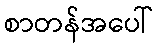
စာတန်အပေါ်